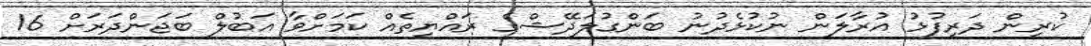
ކުރިން ދަރިފުޅު އުރާލަން ނުކުޅެދުނު ބަންގުލަދޭޝްގެ ރައްޔިތެއް ކަމަށްވާ އަބުލް ބަޖަންދަރަށް 16